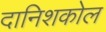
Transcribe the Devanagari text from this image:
दानिशकोल